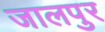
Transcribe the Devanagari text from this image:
जालपुर